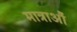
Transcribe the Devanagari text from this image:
मात्राऔं